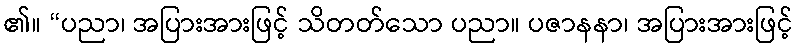
၏။ “ပညာ၊ အပြားအားဖြင့် သိတတ်သော ပညာ။ ပဇာနနာ၊ အပြားအားဖြင့်